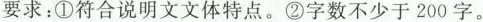
要求：①符合说明文文体特点。②字数不少于200字。